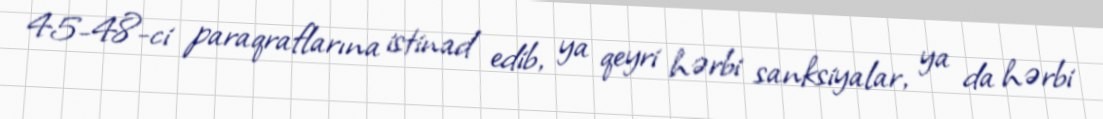
45-48-ci paraqraflarına istinad edib, ya qeyri hərbi sanksiyalar, ya da hərbi